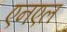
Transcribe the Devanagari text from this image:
एनएल